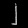
Digit: ၂